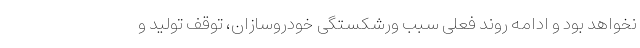
نخواهد بود و ادامه روند فعلی سبب ورشکستگی خودروسازان، توقف تولید و